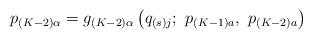
LaTeX: \begin{align*}p_{\left( K-2\right) \alpha }=g_{\left( K-2\right) \alpha }\left( q_{\left(s\right) j};\ p_{\left( K-1\right) a},\ p_{\left( K-2\right) a}\right)\end{align*}